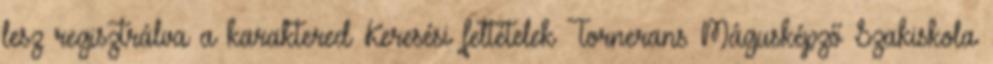
lesz regisztrálva a karaktered Keresési feltételek Tornerans Mágusképző Szakiskola